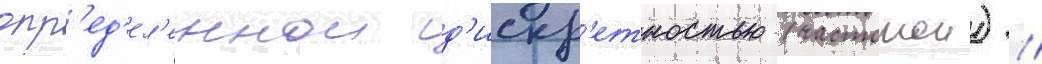
опр'ед'ел'еннои д'искр'етностью (частотои) /